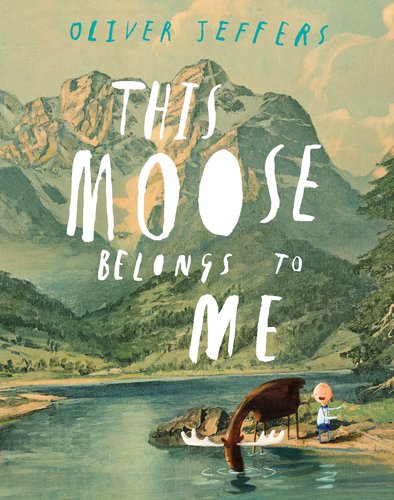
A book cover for This Moose Belongs to Me; Oliver Jeffers; Children's Books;